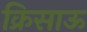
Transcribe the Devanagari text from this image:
क्रिसाऊ